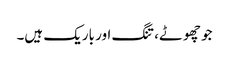
جو چھوٹے، تنگ اور باریک ہیں۔